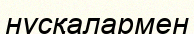
нұсқалармен